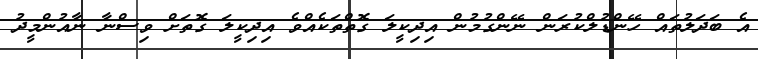
އެ ބަދަލުތައް ހޭންޑުލްކުރަން ނޭންގުމުން އިދިކީލަ ގޮތްތަކެއްވެ އިދިކީލަ ގޮތަށް ވިސްނާ ނާއުންމީދު